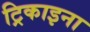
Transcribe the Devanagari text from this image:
ट्रिकाइना